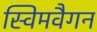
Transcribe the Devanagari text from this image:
स्विमवैगन